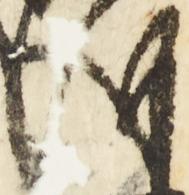
成